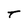
Character: T